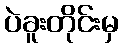
ပဲခူးတိုင်းမှ